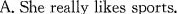
A.She really likes sports.